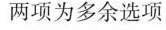
两项为多余选项。